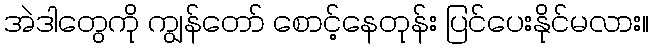
အဲဒါတွေကို ကျွန်တော် စောင့်နေတုန်း ပြင်ပေးနိုင်မလား။